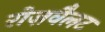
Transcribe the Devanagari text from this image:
रोज़वैलट